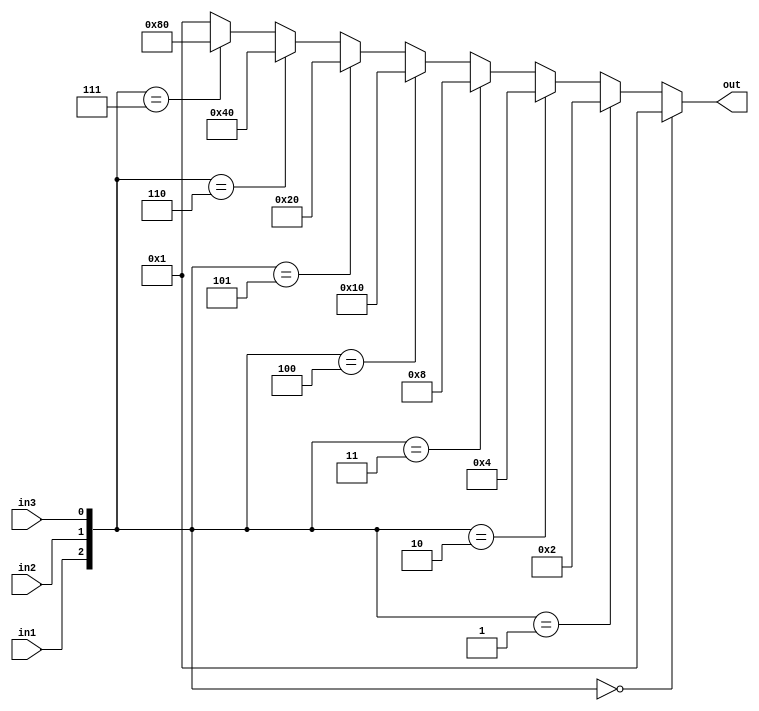
module decoder3_8
(
    input wire in1,
    input wire in2,
    input wire in3,
    
    output reg [7:0] out//
);

always@(*)
    if({in1, in2, in3} == 3'b000)
        out = 8'b0000_0001;
    else if({in1, in2, in3} == 3'b001)
        out = 8'b0000_0010;    
    else if({in1, in2, in3} == 3'b010)
        out = 8'b0000_0100;
    else if({in1, in2, in3} == 3'b011)
        out = 8'b0000_1000;
    else if({in1, in2, in3} == 3'b100)
        out = 8'b0001_0000;
    else if({in1, in2, in3} == 3'b101)
        out = 8'b0010_0000;
    else if({in1, in2, in3} == 3'b110)
        out = 8'b0100_0000;
    else if({in1, in2, in3} == 3'b111)
        out = 8'b1000_0000;
    else
        out = 8'b0000_0001;
        
/* always@(*)
    case({in1, in2, in3})
        3'b000 : out = 8'b0000_0001;
        3'b001 : out = 8'b0000_0010;
        3'b010 : out = 8'b0000_0100;
        3'b011 : out = 8'b0000_1000;
        3'b100 : out = 8'b0001_0000;
        3'b101 : out = 8'b0010_0000;
        3'b110 : out = 8'b0100_0000;
        3'b111 : out = 8'b1000_0000;
        default : out = 8'b0000_0001;
        
    endcase */
endmodule